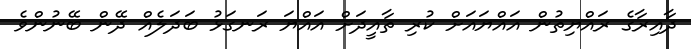
ދާއިރާގެ ރައްޔިތުން އައްޔައަށް ކުރި ތާއީދަށް އައްޔަ ރަނގަޅު ބަދަލެއް ދޭން ބޭނުންވެ